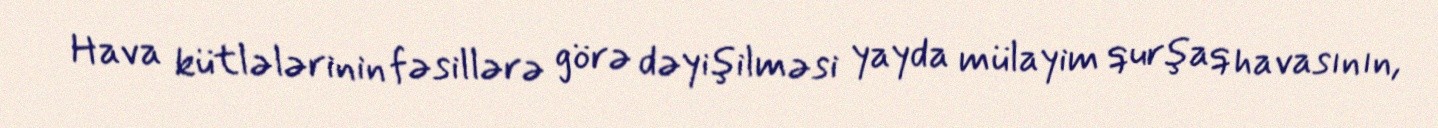
Hava kütlələrinin fəsillərə görə dəyişilməsi yayda mülayim qurşaq havasının,